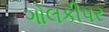
ગોલકીપર